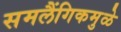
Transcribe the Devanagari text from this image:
समलैंगिकमुळे